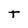
Character: t